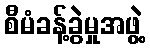
စီမံခန့်ခွဲမှုအဖွဲ့